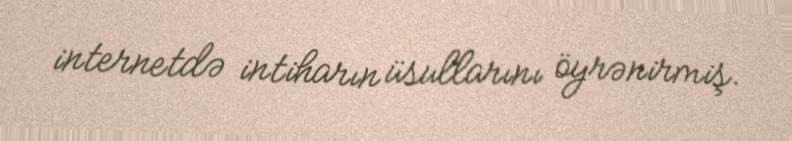
internetdə intiharın üsullarını öyrənirmiş.